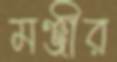
মঞ্জীর